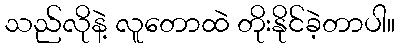
သည်လိုနဲ့ လူတောထဲ တိုးနိုင်ခဲ့တာပါ။